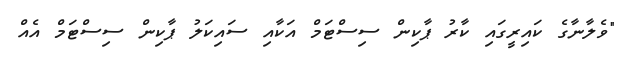
"ވެލާނާގެ ކައިރީގައި ކާރު ޕާކިން ސިސްޓަމް އަކާއި ސައިކަލު ޕާކިން ސިސްޓަމް އެއް